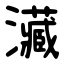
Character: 㶓